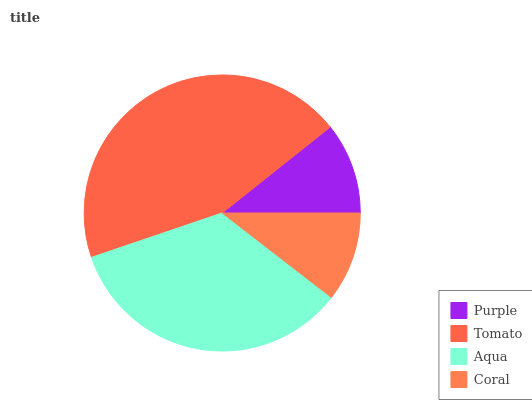
| Purple | Tomato | Aqua | Coral |
 | --- | --- | --- | --- |
 | 10.7% | 44.5% | 34.3% | 10.5% |